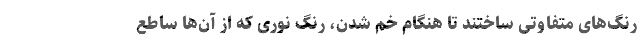
رنگ‌های متفاوتی ساختند تا هنگام خم شدن، رنگ نوری که از آن‌ها ساطع